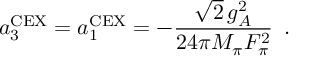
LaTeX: a _ { 3 } ^ { \mathrm { C E X } } = a _ { 1 } ^ { \mathrm { C E X } } = - \frac { \sqrt { 2 } \, g _ { A } ^ { 2 } } { 2 4 \pi M _ { \pi } F _ { \pi } ^ { 2 } } \, \, \, .